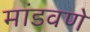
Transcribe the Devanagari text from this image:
मांडवणे